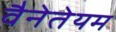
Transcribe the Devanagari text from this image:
वैनेतेयम